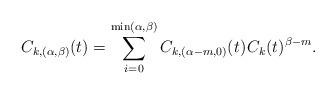
LaTeX: \begin{align*}C_{k,(\alpha,\beta)}(t) = \sum_{i=0}^{\min(\alpha,\beta)} C_{k,(\alpha-m,0)}(t) \kern+1pt C_k(t)^{\beta-m}.\end{align*}